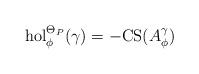
LaTeX: \begin{align*}\mathrm{hol}_{\phi}^{\Theta_{P}}(\gamma)=-\mathrm{CS}(A_{\phi}^{\gamma})\end{align*}